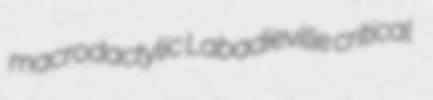
macrodactylic Labadieville critical